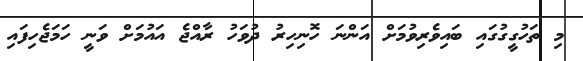
މި ތަހުގީގުގައި ބައިވެރިވުމަށް އަންނަ ހޮނިހިރު ދުވަހު ރާއްޖެ އައުމަށް ވަނީ ހަމަޖެހިފައި